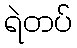
ရဲတပ်